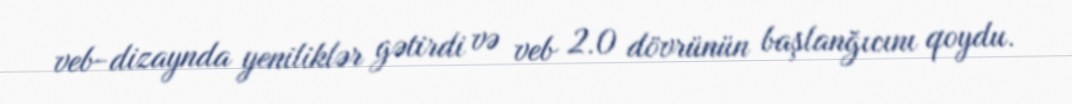
veb-dizaynda yeniliklər gətirdi və veb 2.0 dövrünün başlanğıcını qoydu.